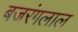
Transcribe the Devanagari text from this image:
बजरंगलाल